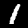
Label: 1